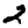
Digit: 2